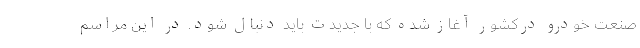
صنعت خودرو در‌کشور آغاز شده که با جدیدت باید دنبال شود. در این مراسم